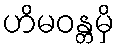
ဟိမဝန္တမှိ